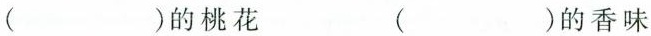
( )的桃花 ( )的香味